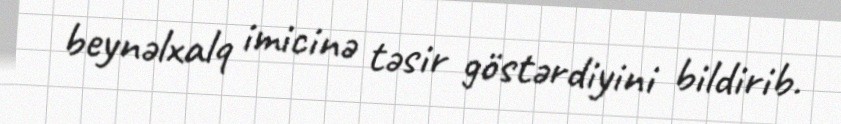
beynəlxalq imicinə təsir göstərdiyini bildirib.